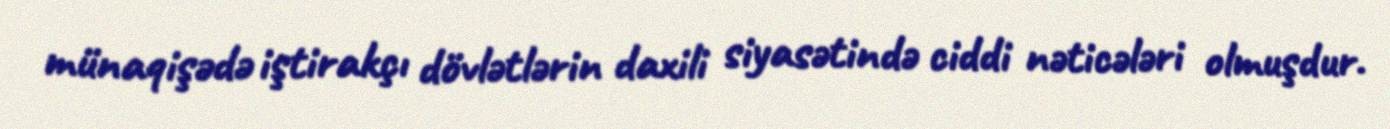
münaqişədə iştirakçı dövlətlərin daxili siyasətində ciddi nəticələri olmuşdur.